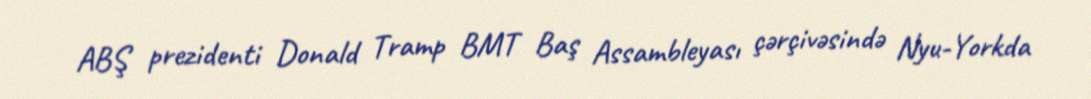
ABŞ prezidenti Donald Tramp BMT Baş Assambleyası çərçivəsində Nyu-Yorkda